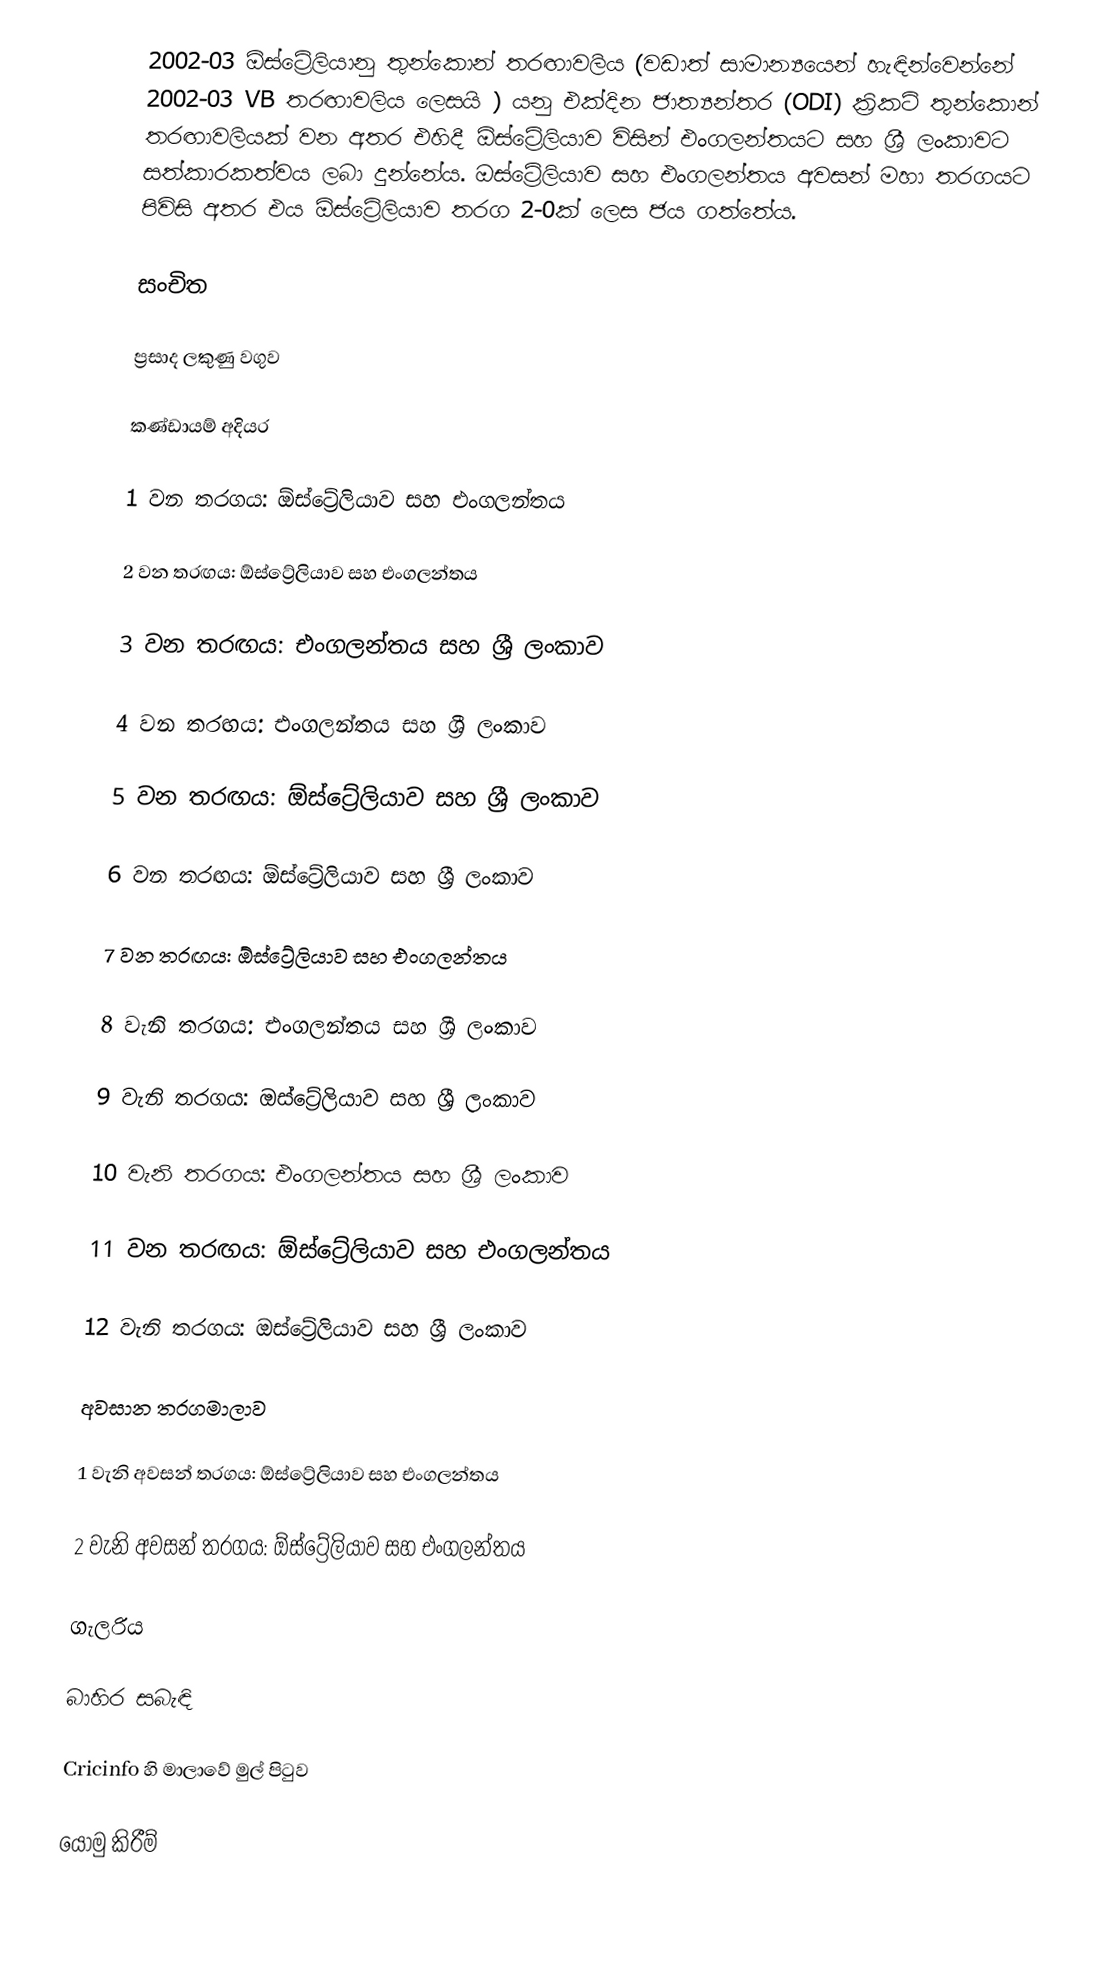
2002-03 ඕස්ට්‍රේලියානු තුන්කොන් තරඟාවලිය (වඩාත් සාමාන්‍යයෙන් හැඳින්වෙන්නේ 2002-03 VB තරඟාවලිය ලෙසයි ) යනු එක්දින ජාත්‍යන්තර (ODI) ක්‍රිකට් තුන්කොන් තරඟාවලියක් වන අතර එහිදී ඕස්ට්‍රේලියාව විසින් එංගලන්තයට සහ ශ්‍රී ලංකාවට සත්කාරකත්වය ලබා දුන්නේය. ඔස්ට්‍රේලියාව සහ එංගලන්තය අවසන් මහා තරගයට පිවිසි අතර එය ඕස්ට්‍රේලියාව තරග 2-0ක් ලෙස ජය ගත්තේය.

සංචිත

ප්‍රසාද ලකුණු වගුව

කණ්ඩායම් අදියර

1 වන තරගය: ඕස්ට්‍රේලියාව සහ එංගලන්තය

2 වන තරඟය: ඕස්ට්‍රේලියාව සහ එංගලන්තය

3 වන තරඟය: එංගලන්තය සහ ශ්‍රී ලංකාව

4 වන තරඟය: එංගලන්තය සහ ශ්‍රී ලංකාව

5 වන තරඟය: ඕස්ට්‍රේලියාව සහ ශ්‍රී ලංකාව

6 වන තරඟය: ඕස්ට්‍රේලියාව සහ ශ්‍රී ලංකාව

7 වන තරඟය: ඕස්ට්‍රේලියාව සහ එංගලන්තය

8 වැනි තරගය: එංගලන්තය සහ ශ්‍රී ලංකාව

9 වැනි තරගය: ඔස්ට්‍රේලියාව සහ ශ්‍රී ලංකාව

10 වැනි තරගය: එංගලන්තය සහ ශ්‍රී ලංකාව

11 වන තරඟය: ඕස්ට්‍රේලියාව සහ එංගලන්තය

12 වැනි තරගය: ඔස්ට්‍රේලියාව සහ ශ්‍රී ලංකාව

අවසාන තරගමාලාව

1 වැනි අවසන් තරගය: ඕස්ට්‍රේලියාව සහ එංගලන්තය

2 වැනි අවසන් තරගය: ඕස්ට්‍රේලියාව සහ එංගලන්තය

ගැලරිය

බාහිර සබැඳි

 Cricinfo හි මාලාවේ මුල් පිටුව

යොමු කිරීම්